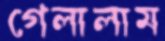
গেলালাম